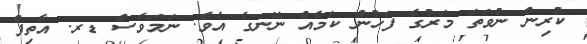
ކުރިން ނުވަތަ މަރުގެ ފަހުން ކަމެއް ނޭނގެ އެވެ. ނަމަވެސް ޑރ. އާތިފް